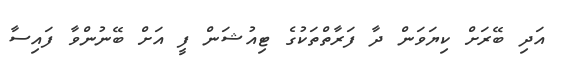
އަދި ބޭރަށް ކިޔަވަން ދާ ފަރާތްތަކުގެ ޓިއުޝަން ފީ އަށް ބޭނުންވާ ފައިސާ